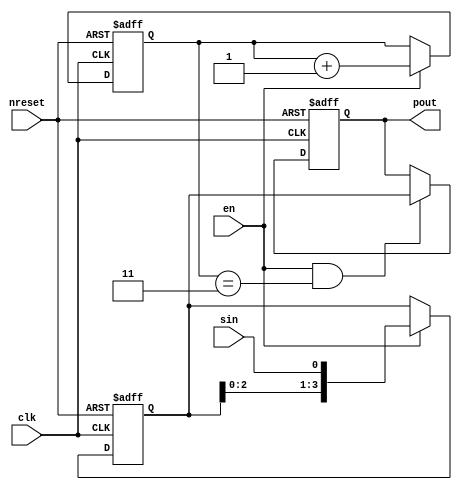
module s2p (//
  sin,
  en,
  clk,
  nreset,
  pout
);

input         sin;      //
input         en;       //
input         clk;      //
input         nreset;   //
output  [3:0] pout;     //

reg     [1:0] count;    //
always @ ( posedge clk or negedge nreset ) begin  //DFF
  if ( ~nreset ) begin
    count   <= 2'b11;   //count2'b1100004
  end
  else if ( en ) begin
    count   <= count + 2'b01;
  end
  else begin
    count   <= count;
  end
end

reg     [3:0] data;     //
always @ ( posedge clk or negedge nreset ) begin  //4DFF
  if ( ~nreset ) begin
    data    <= 4'b0000;
  end
  else if ( en ) begin
    data    <= { data[2:0] , sin };
  end
  else begin
    data    <= data;
  end
end

reg     [3:0] pout;
always @ ( posedge clk or negedge nreset ) begin  //4DFF
  if ( ~nreset ) begin
    pout    <= 4'b0000;
  end
  else if ( en && count == 2'b11) begin
    pout    <= data;  //en4
  end
  else begin
    pout    <= pout;
  end
end
endmodule